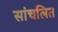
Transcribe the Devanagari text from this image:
सांचलित